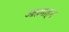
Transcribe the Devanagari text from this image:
आश्रमाहून